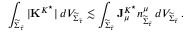
\int _ { { \widetilde { \Sigma } _ { \widetilde { \tau } } } } | \mathbf { K } ^ { K ^ { \star } } | \, d V _ { { \widetilde { \Sigma } _ { \widetilde { \tau } } } } \lesssim \int _ { { \widetilde { \Sigma } _ { \widetilde { \tau } } } } \mathbf { J } _ { \mu } ^ { K ^ { \star } } n _ { { \widetilde { \Sigma } _ { \widetilde { \tau } } } } ^ { \mu } \, d V _ { { \widetilde { \Sigma } _ { \widetilde { \tau } } } } \, .